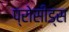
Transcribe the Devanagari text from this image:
प्रोसीड्स